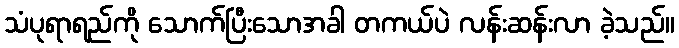
သံပုရာရည်ကို သောက်ပြီးသောအခါ တကယ်ပဲ လန်းဆန်းလာ ခဲ့သည်။